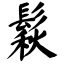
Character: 鬏